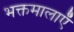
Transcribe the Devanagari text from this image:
भक्तमालाएँ